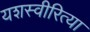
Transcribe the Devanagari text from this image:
यशस्‍वीरित्‍या